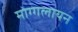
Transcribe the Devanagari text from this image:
मोग्गलायन